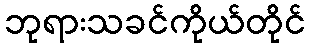
ဘုရားသခင်ကိုယ်တိုင်